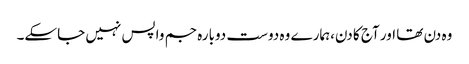
وہ دن تھا اور آج کا دن،ہمارے وہ دوست دوبارہ جم واپس نہیں جاسکے۔